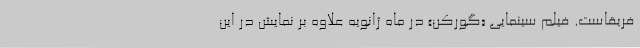
فریقاست. فیلم سینمایی «گورکن» در ماه ژانویه علاوه بر نمایش در این